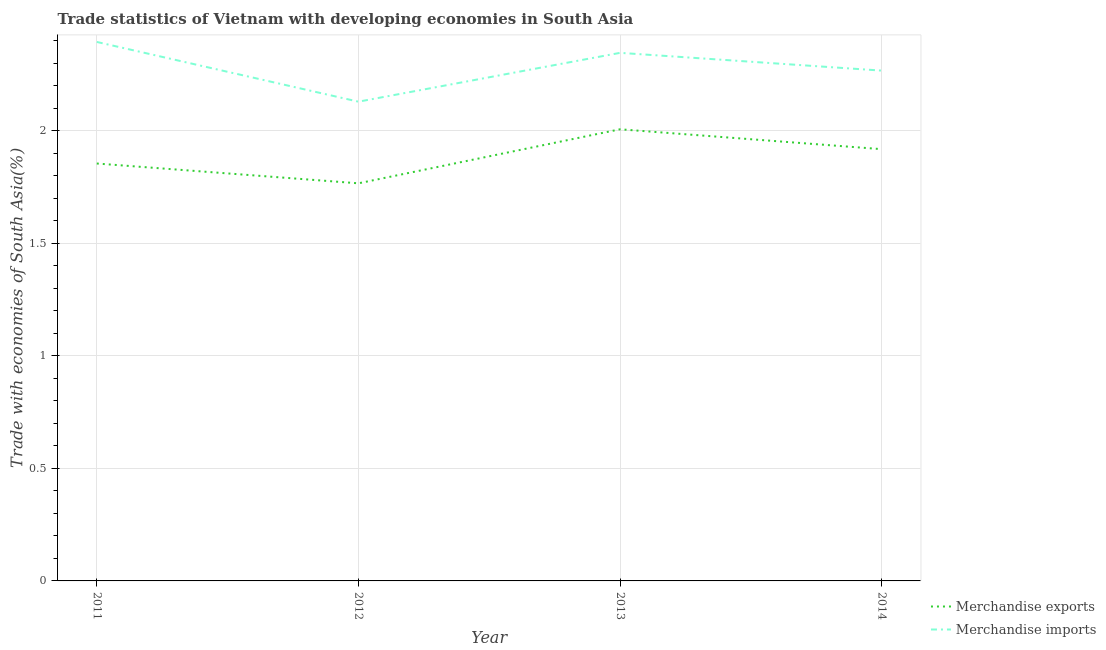
| Year | Merchandise exports | Merchandise imports |
 | --- | --- | --- |
 | 2011 | 1.85 | 2.39 |
 | 2012 | 1.77 | 2.13 |
 | 2013 | 2.01 | 2.35 |
 | 2014 | 1.92 | 2.27 |